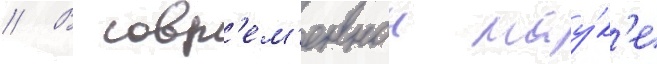
// В совр'ем'еннои нау́к'е